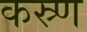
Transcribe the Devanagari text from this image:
कस्र्ण